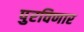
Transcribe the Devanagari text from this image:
पुरविणार